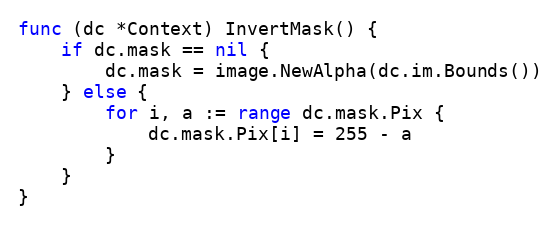
Language: Go
func (dc *Context) InvertMask() {
	if dc.mask == nil {
		dc.mask = image.NewAlpha(dc.im.Bounds())
	} else {
		for i, a := range dc.mask.Pix {
			dc.mask.Pix[i] = 255 - a
		}
	}
}